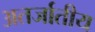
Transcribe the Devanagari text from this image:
अतर्जातीय